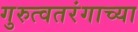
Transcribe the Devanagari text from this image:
गुरुत्वतरंगाच्या